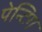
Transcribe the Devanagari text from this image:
पेन्टिग